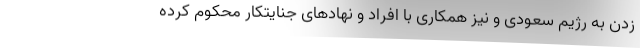
زدن به رژیم سعودی و نیز همکاری با افراد و نهادهای جنایتکار محکوم کرده